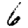
Digit: 6